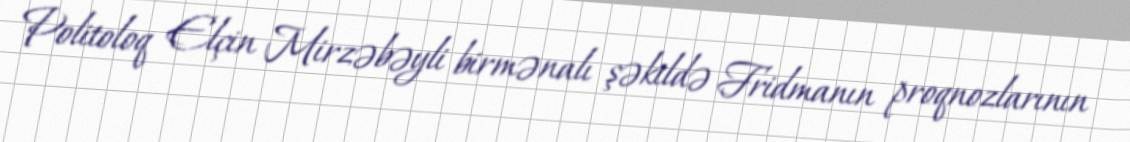
Politoloq Elçin Mirzəbəyli birmənalı şəkildə Fridmanın proqnozlarının